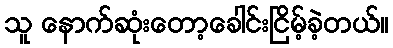
သူ နောက်ဆုံးတော့ခေါင်းငြိမ့်ခဲ့တယ်။